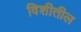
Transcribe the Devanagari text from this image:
विशीतील